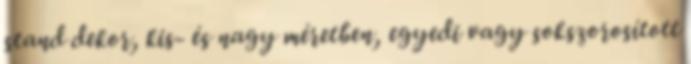
stand dekor, kis- és nagy méretben, egyedi vagy sokszorosított